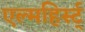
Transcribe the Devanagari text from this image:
एल्महिर्स्ट्